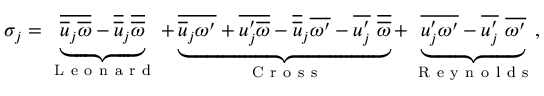
\sigma _ { j } = \underbrace { \overline { { \overline { { u } } _ { j } \overline { { \omega } } } } - \overline { { \overline { { u } } } } _ { j } \overline { { \overline { { \omega } } } } } _ { \mathrm { ~ L ~ e ~ o ~ n ~ a ~ r ~ d ~ } } + \underbrace { \overline { { \overline { { u } } _ { j } \omega ^ { \prime } } } + \overline { { u _ { j } ^ { \prime } \overline { { \omega } } } } - \overline { { \overline { { u } } } } _ { j } \overline { { \omega ^ { \prime } } } - \overline { { u _ { j } ^ { \prime } } } ~ \overline { { \overline { { \omega } } } } } _ { \mathrm { ~ C ~ r ~ o ~ s ~ s ~ } } + \underbrace { \overline { { u _ { j } ^ { \prime } \omega ^ { \prime } } } - \overline { { u _ { j } ^ { \prime } } } ~ \overline { { \omega ^ { \prime } } } } _ { \mathrm { ~ R ~ e ~ y ~ n ~ o ~ l ~ d ~ s ~ } } ,